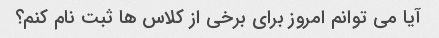
آیا می توانم امروز برای برخی از کلاس ها ثبت نام کنم؟